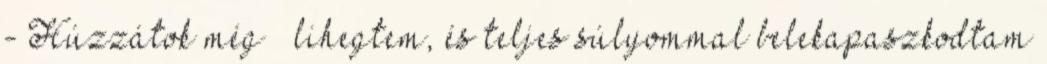
- Húzzátok még – lihegtem, és teljes súlyommal belekapaszkodtam